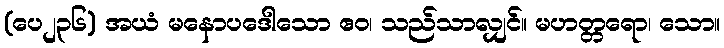
(ပေ၂၃၆) အယံ မနောပဒေါသော ဧဝ၊ သည်သာလျှင်။ မဟတ္တရော၊ သော။